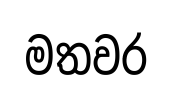
මතවර